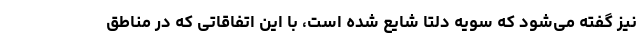
نیز گفته می‌شود که سویه دلتا شایع شده است، با این اتفاقاتی که در مناطق